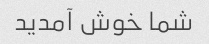
شما خوش آمدید